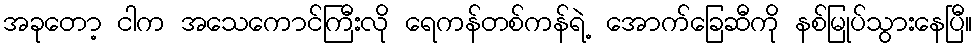
အခုတော့ ငါက အသေကောင်ကြီးလို ရေကန်တစ်ကန်ရဲ့ အောက်ခြေဆီကို နစ်မြုပ်သွားနေပြီ။